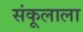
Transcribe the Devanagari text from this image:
संकूलाला